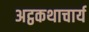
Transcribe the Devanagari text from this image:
अट्ठकथाचार्य